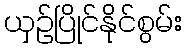
ယှဉ်ပြိုင်နိုင်စွမ်း